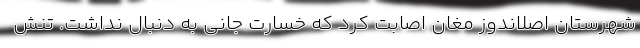
شهرستان اصلاندوز مغان اصابت کرد که خسارت جانی به دنبال نداشت. تنش